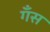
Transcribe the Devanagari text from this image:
गँस